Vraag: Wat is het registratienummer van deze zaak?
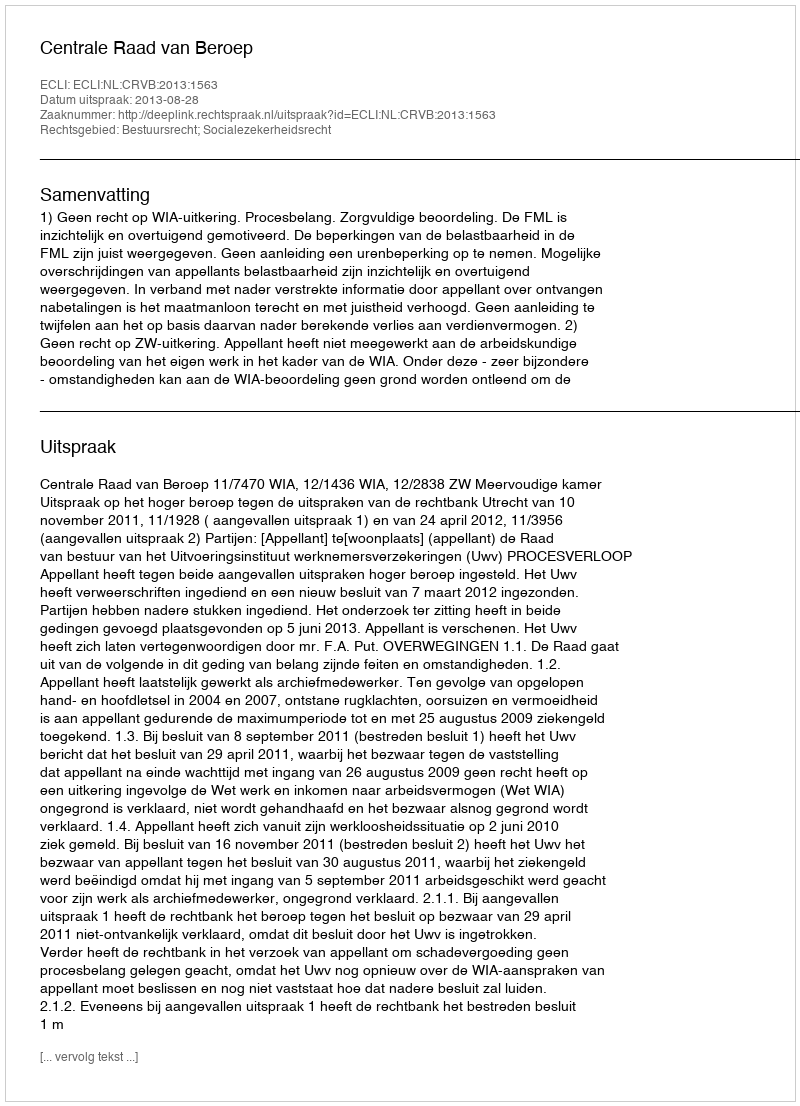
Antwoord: http://deeplink.rechtspraak.nl/uitspraak?id=ECLI:NL:CRVB:2013:1563